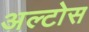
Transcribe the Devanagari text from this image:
अल्टोस